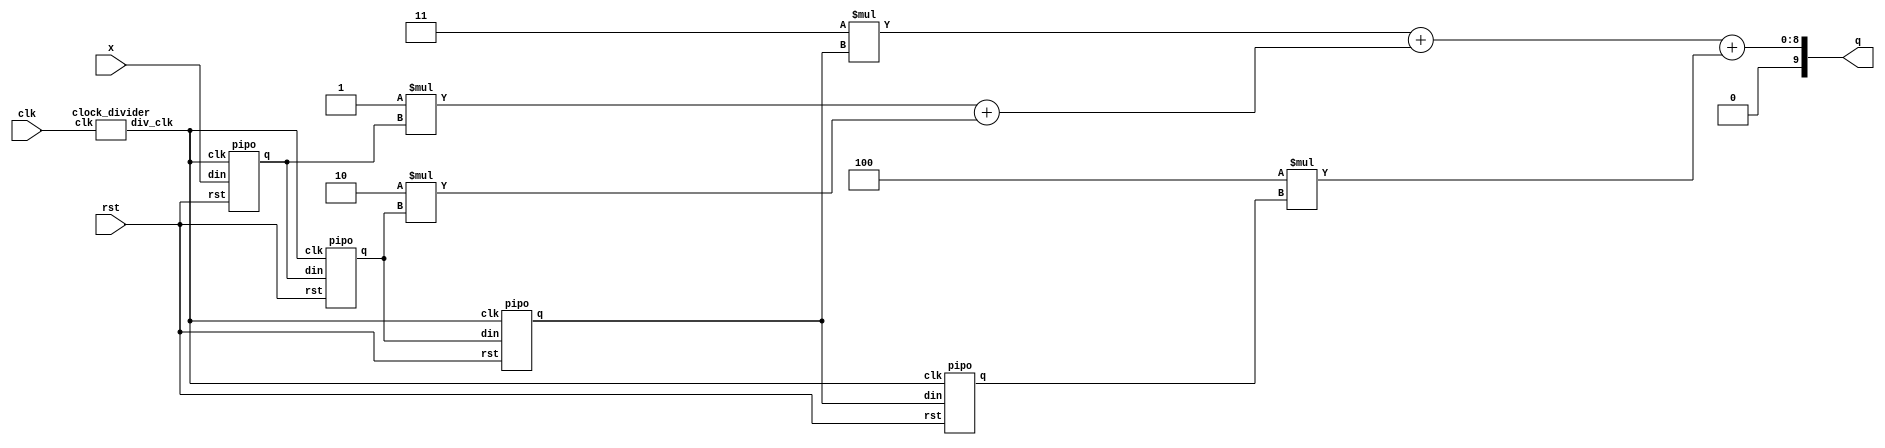
`timescale 1ns / 1ps

module fir(
input [3:0] x,
input clk,rst,
output [9:0] q
);
    parameter h0=4'b0001;
    parameter h1=4'b0010;
    parameter h2=4'b0011;
    parameter h3=4'b0100;
wire [3:0]w0,w1,w2,w3;
wire [7:0]w4,w5,w6,w7;
wire [9:0]w8,w9;
wire clk1;

clock_divider c1(clk,clk1);
pipo d1(x,clk1,rst,w0);
pipo d2(w0,clk1,rst,w1);
pipo d3(w1,clk1,rst,w2);
pipo d4(w2,clk1,rst,w3);
assign w4=h0*w0;
assign w5=h1*w1;
assign w6=h2*w2;
assign w7=h3*w3;
assign w8=w4+w5;
assign w9=w6+w8;
assign q=w9+w7;
endmodule

module clock_divider(input clk,output reg div_clk=0);
localparam div_value=49999999;
integer counter_value=0;
always@(posedge clk)
begin
if(counter_value==div_value)
counter_value<=0;
else
counter_value<=counter_value+1;
end


always@(posedge clk)
begin
if(counter_value==div_value)
div_clk<=~div_clk;
else
div_clk<=div_clk;
end
endmodule

module pipo(
input[3:0] din,
input clk,rst,
output reg [3:0] q);
always @ (posedge clk or negedge rst)
    if (!rst)
    q <= 4'b0000;
    else
    q <= din;
endmodule